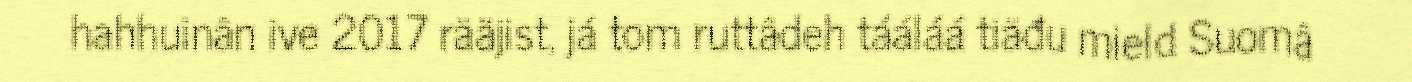
hahhuinân ive 2017 rääjist, já tom ruttâdeh tááláá tiäđu mield Suomâ